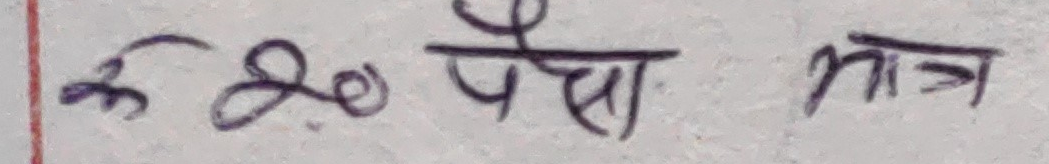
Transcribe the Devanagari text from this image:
रू २० पैसा मात्र